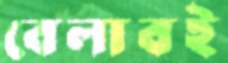
বেলাবই